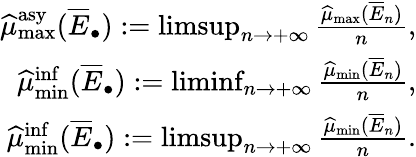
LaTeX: \begin{array}{r}{\widehat\mu_{\operatorname*{max}}^{\mathrm{asy}}(\overline{E}_{\bullet}):=\operatorname*{limsup}_{n\rightarrow+\infty}\frac{\widehat\mu_{\operatorname*{max}}(\overline{E}_{n})}{n},}\\ {\widehat{\mu}_{\operatorname*{min}}^{\operatorname*{inf}}(\overline{E}_{\bullet}):=\operatorname*{liminf}_{n\rightarrow+\infty}\frac{\widehat{\mu}_{\operatorname*{min}}(\overline{E}_{n})}{n},}\\ {\widehat{\mu}_{\operatorname*{min}}^{\operatorname*{inf}}(\overline{E}_{\bullet}):=\operatorname*{limsup}_{n\rightarrow+\infty}\frac{\widehat{\mu}_{\operatorname*{min}}(\overline{E}_{n})}{n}.}\end{array}